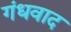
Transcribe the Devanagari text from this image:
गंधवाद